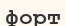
форт